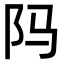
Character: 𬮺